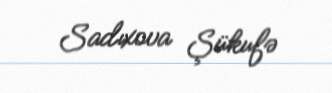
Sadıxova Şükufə